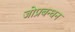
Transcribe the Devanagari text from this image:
जोप्रबन्धन